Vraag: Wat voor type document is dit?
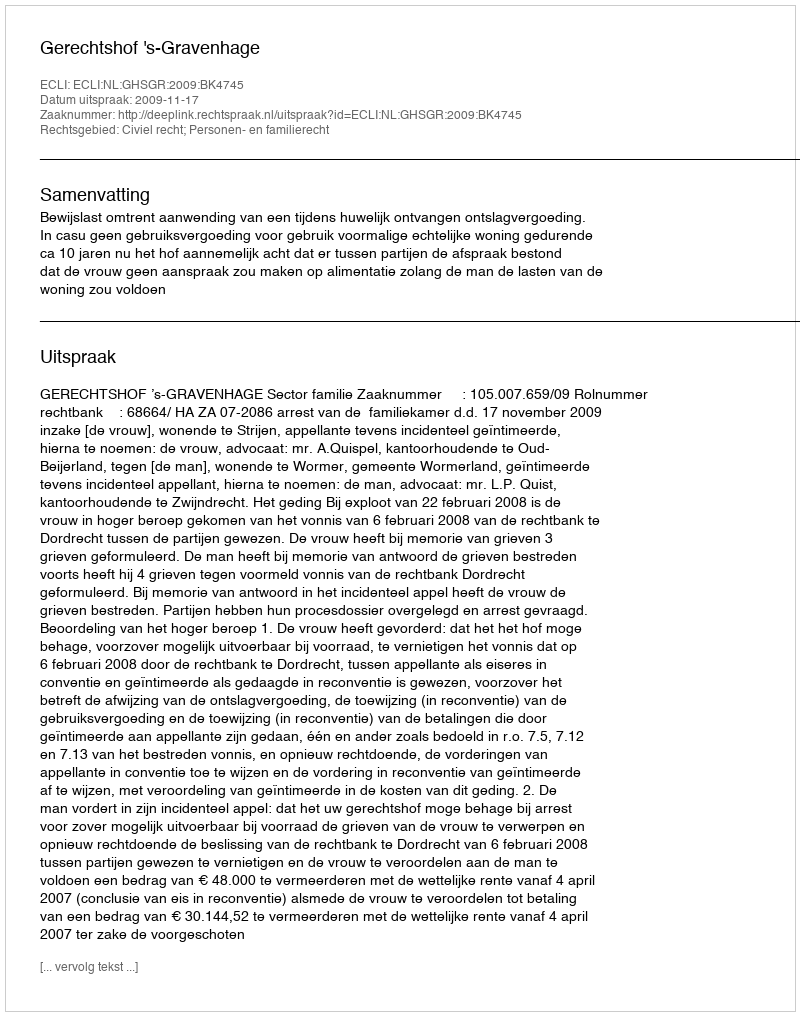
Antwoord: Uitspraak